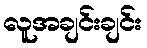
လူအချင်းချင်း